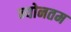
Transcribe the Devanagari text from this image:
न्योनतम